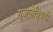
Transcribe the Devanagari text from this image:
गजलेविषयी